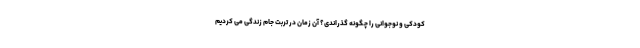
کودکی و نوجوانی را چگونه گذراندی؟ آن زمان در تربت جام زندگی می کردیم